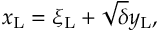
x _ { \mathrm { { L } } } = \xi _ { \mathrm { { L } } } + \sqrt { \delta } y _ { \mathrm { { L } } } ,